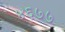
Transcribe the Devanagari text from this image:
४६७७